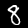
Label: 8